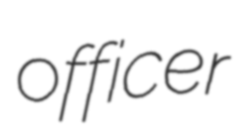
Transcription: officer